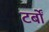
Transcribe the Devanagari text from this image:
टर्बों